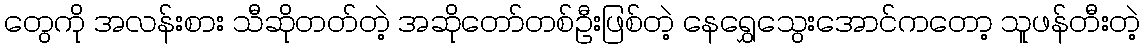
တွေကို အလန်းစား သီဆိုတတ်တဲ့ အဆိုတော်တစ်ဦးဖြစ်တဲ့ နေရွှေသွေးအောင်ကတော့ သူဖန်တီးတဲ့